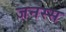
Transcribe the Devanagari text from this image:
जनस्स